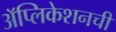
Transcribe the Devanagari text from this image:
अॅप्लिकेशनची